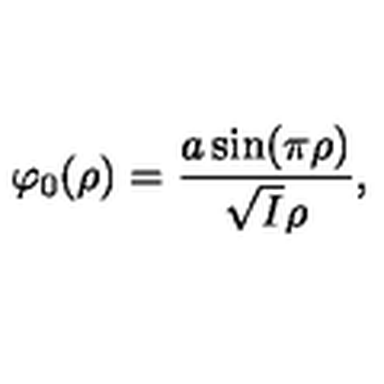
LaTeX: \varphi _ { 0 } ( \rho ) = \frac { a \sin ( \pi \rho ) } { \sqrt { I } \rho } ,